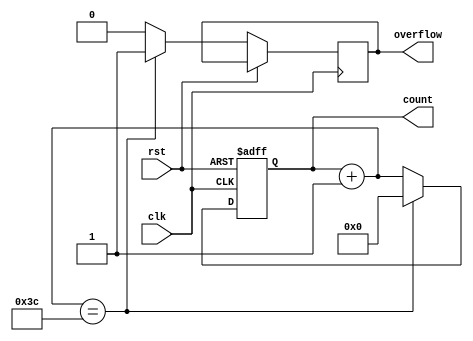


`timescale 1ns / 1ps

module counter(
	//input pause,
	input rst,
	input clk,
	output [5:0] count,
	output overflow);

	reg [5:0] cnt;
	reg of;

	initial
	begin
		cnt = 0;
		of = 1'b0;
	end
	
	always @ (posedge clk or posedge rst)
	begin
		if (rst == 1'b1)
			cnt = 0;
		else
		begin
			of = 1'b0;
			//if (pause != 1'b1)
			cnt = cnt + 1;
			if (cnt == 60)
			begin
				cnt = 0;
				of = 1'b1;
			end
		end
	end

	assign count = cnt;
	assign overflow = of;

endmodule